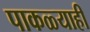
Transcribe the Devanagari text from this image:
पाकळ्याही